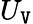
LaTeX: U_{\mathtt{V}}